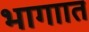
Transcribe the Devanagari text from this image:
भागाात